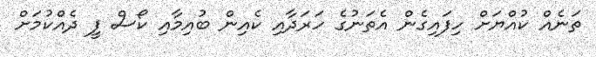
ތަނެއް ކުއްޔަށް ހިފައިގެން އެތަނުގެ ހަރަދާއި ކެއިން ބުއިމާއި ކޯސް ފީ ދެއްކުމަށް